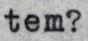
tem?